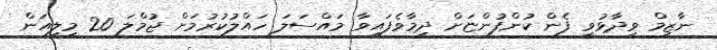
ނާޒިމް ވިދާޅުވީ ފެން ކުންފުންޏަށް ދިމާވެފައިވާ މައްސަލަ ހައްލުކުރުމަށް ޖުމްލަ 20 މިލިއަން